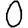
Digit: 0